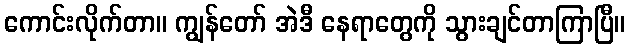
ကောင်းလိုက်တာ။ ကျွန်တော် အဲဒီ နေရာတွေကို သွားချင်တာကြာပြီ။